Annual report of the Imperial Bacteriologist
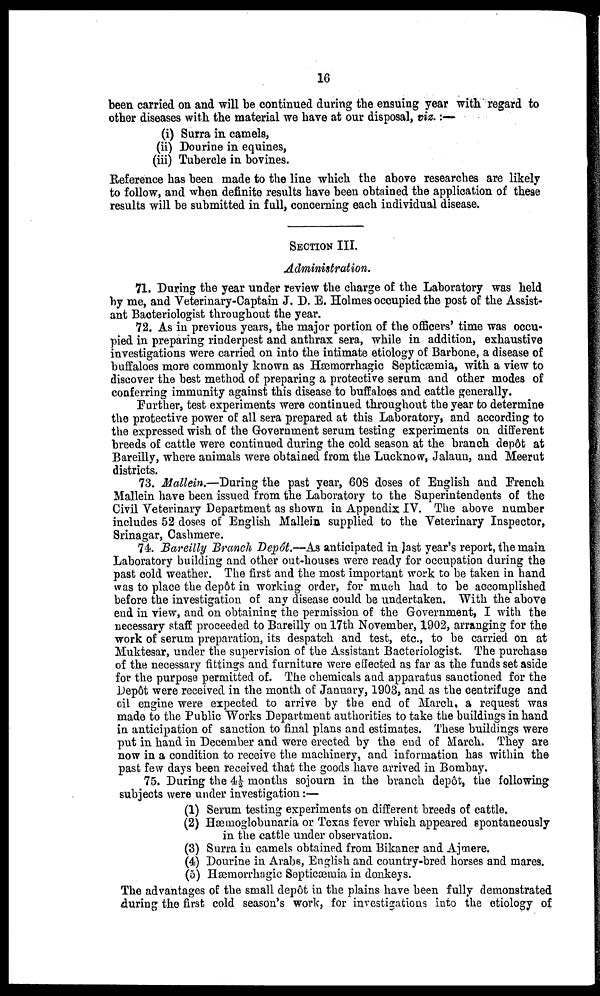
16
been carried on and will be continued during the ensuing year with regard to
other diseases with the material we have at our disposal, viz. :—
(i) Surra in camels,
(ii) Dourine in equines,
(iii) Tubercle in bovines.
Reference has been made to the line which the above researches are likely
to follow, and when definite results have been obtained the application of these
results will be submitted in full, concerning each individual disease.
SECTION III.
Administration.
71. During the year under review the charge of the Laboratory was held
by me, and Veterinary-Captain J. D. E. Holmes occupied the post of the Assist-
ant Bacteriologist throughout the year.
72. As in previous years, the major portion of the officers' time was occu-
pied in preparing rinderpest and anthrax sera, while in addition, exhaustive
investigations were carried on into the intimate etiology of Barbone, a disease of
buffaloes more commonly known as Hæmorrhagic Septicæmia, with a view to
discover the best method of preparing a protective serum and other modes of
conferring immunity against this disease to buffaloes and cattle generally.
Further, test experiments were continued throughout the year to determine
the protective power of all sera prepared at this Laboratory, and according to
the expressed wish of the Government serum testing experiments on different
breeds of cattle were continued during the cold season at the branch depôt at
Bareilly, where animals were obtained from the Lucknow, Jalaun, and Meerut
districts.
73. Mallein.—During the past year, 608 doses of English and French
Mallein have been issued from the Laboratory to the Superintendents of the
Civil Veterinary Department as shown in Appendix IV. The above number
includes 52 doses of English Mallein supplied to the Veterinary Inspector,
Srinagar, Cashmere.
74. Bareilly Branch Depôt.—As anticipated in last year's report, the main
Laboratory building and other out-houses were ready for occupation during the
past cold weather. The first and the most important work to be taken in hand
was to place the depôt in working order, for much had to be accomplished
before the investigation of any disease could be undertaken. With the above
end in view, and on obtaining the permission of the Government, I with the
necessary staff proceeded to Bareilly on 17th November, 1902, arranging for the
work of serum preparation, its despatch and test, etc., to be carried on at
Muktesar, under the supervision of the Assistant Bacteriologist. The purchase
of the necessary fittings and furniture were effected as far as the funds set aside
for the purpose permitted of. The chemicals and apparatus sanctioned for the
Depôt were received in the month of January, 1903, and as the centrifuge and
oil engine were expected to arrive by the end of March, a request was
made to the Public Works Department authorities to take the buildings in hand
in anticipation of sanction to final plans and estimates. These buildings were
put in hand in December and were erected by the end of March. They are
now in a condition to receive the machinery, and information has within the
past few days been received that the goods have arrived in Bombay.
75. During the 4½ months sojourn in the branch depôt, the following
subjects were under investigation :—
(1) Serum testing experiments on different breeds of cattle.
(2) Hæmoglobunaria or Texas fever which appeared spontaneously
in the cattle under observation.
(3) Surra in camels obtained from Bikaner and Ajmere.
(4) Dourine in Arabs, English and country-bred horses and mares.
(5) Hæmorrhagic Septicæmia in donkeys.
The advantages of the small depôt in the plains have been fully demonstrated
during the first cold season's work, for investigations into the etiology of